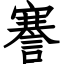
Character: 謇